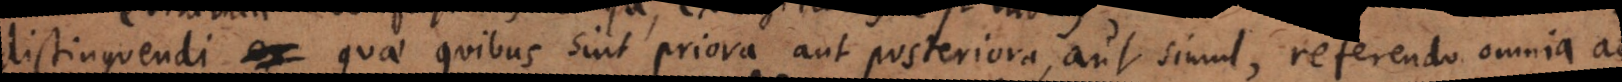
distinguendi quae quibus sint priora aut posteriora, aut simul, adhibitis in